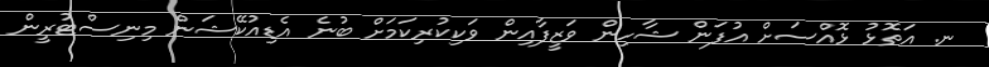
ނ. އަތޮޅު ޅޮއްސަށް އުފަން ޝާހިން ވަޒީފާއިން ވަކިކުރިކަމަށް ބުނެ އެޑިއުކޭޝަން މިނިސްޓުރީން